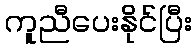
ကူညီပေးနိုင်ပြီး